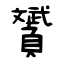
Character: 贇